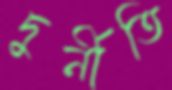
দুর্নীতি